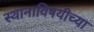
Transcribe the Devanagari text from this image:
स्थानाविषयीच्या